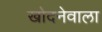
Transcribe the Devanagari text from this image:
खोदनेवाला